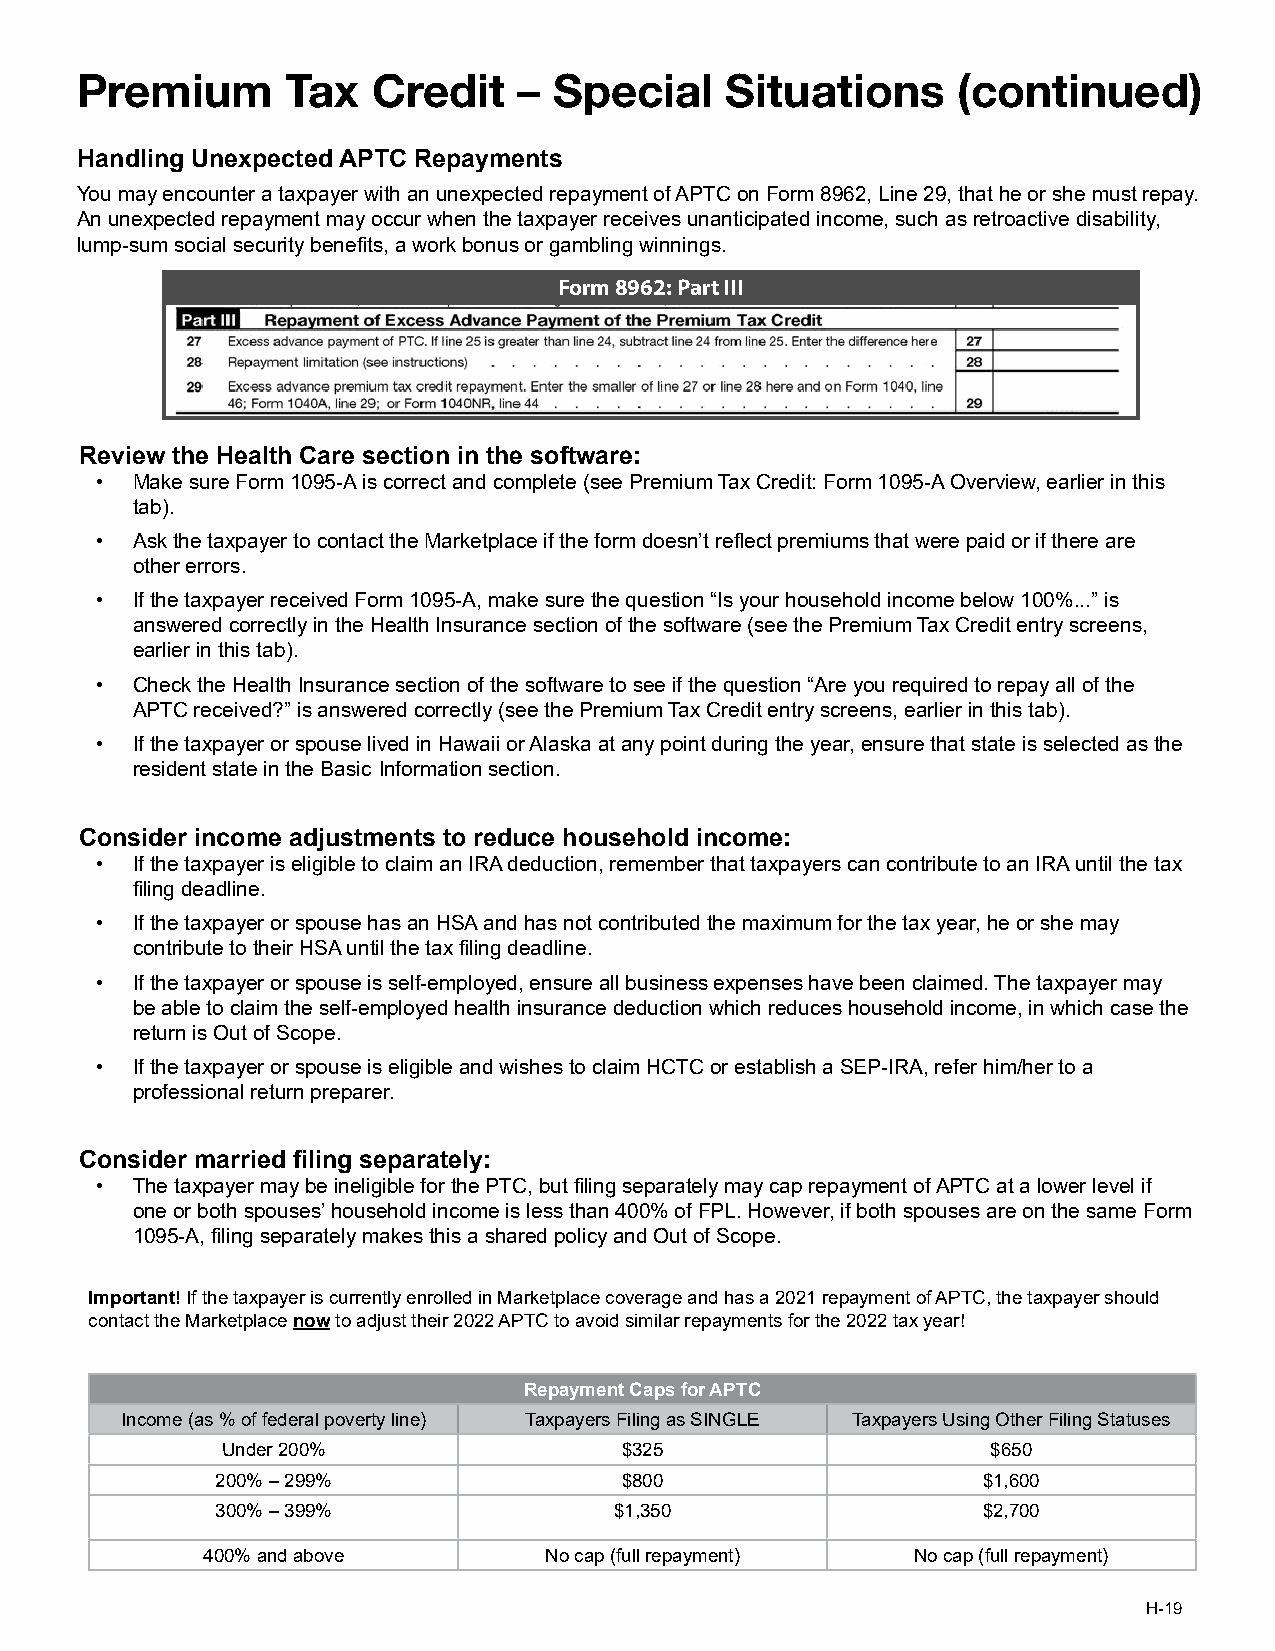
Premium       Tax   Credit   –  Special    Situations     (continued)
 Handling Unexpected APTC Repayments
 You may encounter a taxpayer with an unexpected repayment of APTC on Form 8962, Line 29, that he or she must repay.
 An unexpected repayment may occur when the taxpayer receives unanticipated income, such as retroactive disability,
 lump-sum social security benefits, a work bonus or gambling winnings.
 Form 8962: Part III
 Review the Health Care section in the software:
 •  Make sure Form 1095-A is correct and complete (see Premium Tax Credit: Form 1095-A Overview, earlier in this
 tab).
 •  Ask the taxpayer to contact the Marketplace if the form doesn’t reflect premiums that were paid or if there are
 other errors.
 •  If the taxpayer received Form 1095-A, make sure the question “Is your household income below 100%...” is
 answered correctly in the Health Insurance section of the software (see the Premium Tax Credit entry screens,
 earlier in this tab).
 •  Check the Health Insurance section of the software to see if the question “Are you required to repay all of the
 APTC received?” is answered correctly (see the Premium Tax Credit entry screens, earlier in this tab).
 •  If the taxpayer or spouse lived in Hawaii or Alaska at any point during the year, ensure that state is selected as the
 resident state in the Basic Information section.
 Consider income adjustments to reduce household income:
 •  If the taxpayer is eligible to claim an IRA deduction, remember that taxpayers can contribute to an IRA until the tax
 filing deadline.
 •  If the taxpayer or spouse has an HSA and has not contributed the maximum for the tax year, he or she may
 contribute to their HSA until the tax filing deadline.
 •  If the taxpayer or spouse is self-employed, ensure all business expenses have been claimed. The taxpayer may
 be able to claim the self-employed health insurance deduction which reduces household income, in which case the
 return is Out of Scope.
 •  If the taxpayer or spouse is eligible and wishes to claim HCTC or establish a SEP-IRA, refer him/her to a
 professional return preparer.
 Consider married filing separately:
 •  The taxpayer may be ineligible for the PTC, but filing separately may cap repayment of APTC at a lower level if
 one or both spouses’ household income is less than 400% of FPL. However, if both spouses are on the same Form
 1095-A, filing separately makes this a shared policy and Out of Scope.
 Important! If the taxpayer is currently enrolled in Marketplace coverage and has a 2021 repayment of APTC, the taxpayer should
 contact the Marketplace now to adjust their 2022 APTC to avoid similar repayments for the 2022 tax year!
 Repayment Caps for APTC
 Income (as % of federal poverty line) Taxpayers Filing as SINGLE Taxpayers Using Other Filing Statuses
 Under 200%                $325                     $650
 200% – 299%                $800                    $1,600
 300% – 399%                $1,350                  $2,700
 400% and above         No cap (full repayment)  No cap (full repayment)
 H-19